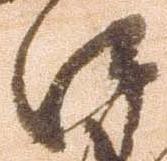
口